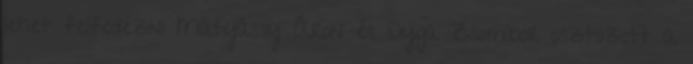
lehet felfedezni Mátyássy Áron és Dyga Zsombor osztozott a